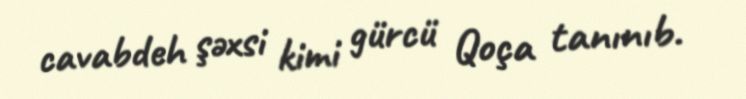
cavabdeh şəxsi kimi gürcü Qoça tanınıb.